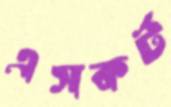
এসকর্ট